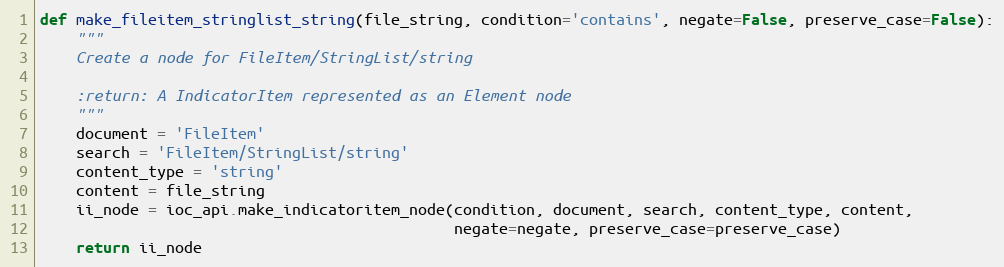
Language: Python
def make_fileitem_stringlist_string(file_string, condition='contains', negate=False, preserve_case=False):
    """
    Create a node for FileItem/StringList/string

    :return: A IndicatorItem represented as an Element node
    """
    document = 'FileItem'
    search = 'FileItem/StringList/string'
    content_type = 'string'
    content = file_string
    ii_node = ioc_api.make_indicatoritem_node(condition, document, search, content_type, content,
                                              negate=negate, preserve_case=preserve_case)
    return ii_node